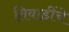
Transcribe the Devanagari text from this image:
तिवाडींचे